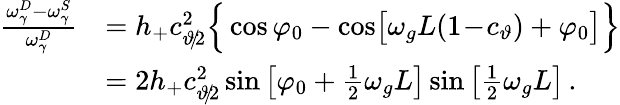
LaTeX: \begin{array}{rl}{\frac{\omega_{\gamma}^{D}-\omega_{\gamma}^{S}}{\omega_{\gamma}^{D}}}&{=h_{+}c_{\vartheta\! /\! 2}^{2}\Big\{ \cos\varphi_{0}-\cos\! \big[\omega_{g}L(1\! -\! c_{\vartheta})+\varphi_{0}\big]\Big\} }\\ &{=2h_{+}c_{\vartheta\! /\! 2}^{2}\sin\big[\varphi_{0}+\frac{1}{2}\omega_{g}L\big]\sin\big[\frac{1}{2}\omega_{g}L\big]\, .}\end{array}